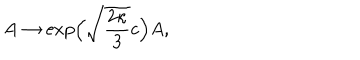
LaTeX: A \to \exp \! \Big ( \sqrt { \frac { 2 \kappa } { 3 } } c \Big ) A ,